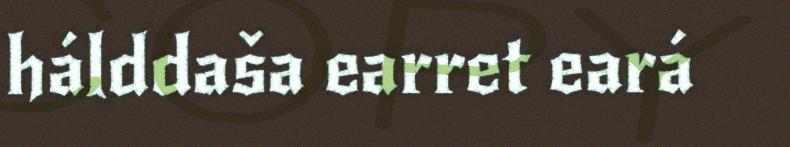
hálddaša earret eará